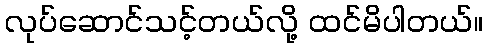
လုပ်ဆောင်သင့်တယ်လို့ ထင်မိပါတယ်။